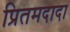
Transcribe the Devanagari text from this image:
प्रितमदादा